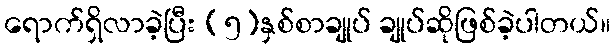
ရောက်ရှိလာခဲ့ပြီး (၅)နှစ်စာချုပ် ချုပ်ဆိုဖြစ်ခဲ့ပါတယ်။